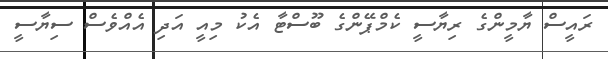
ރައީސް ޔާމީންގެ ރިޔާސީ ކެމްޕޭންގެ ބޫސްޓާ އެކު މިއީ އަދި އެއްވެސް ސިޔާސީ